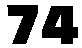
74